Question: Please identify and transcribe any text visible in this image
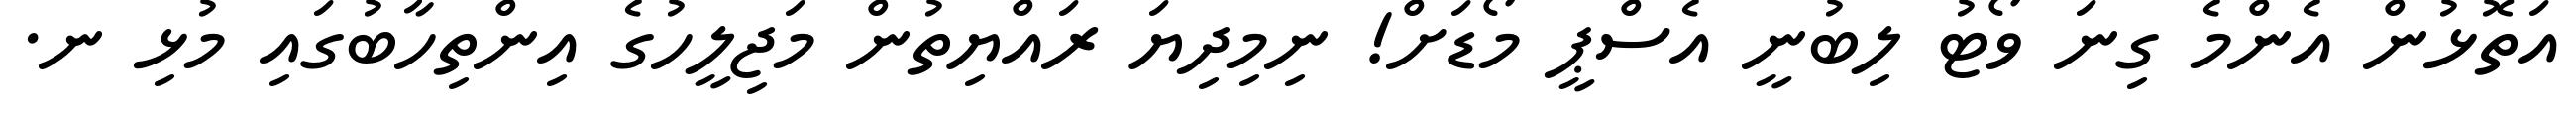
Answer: އަތޮޅުން އެންމެ ގިނަ ވޯޓު ލިބުނީ އެސްޕީ މޯޑަށް! ނިމިދިޔަ ރައްޔިތުން މަޖިލީހުގެ އިންތިހާބުގައި މުޅި ނ.